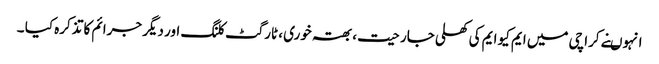
انہوںنے کراچی میں ایم کیو ایم کی کھلی جارحیت ، بھتہ خوری ، ٹارگٹ کلنگ اور دیگر جرائم کا تذکرہ کیا ۔